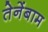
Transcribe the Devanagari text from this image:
तेनेंबाम